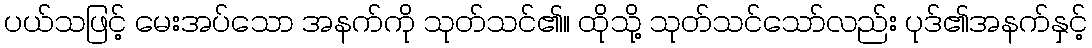
ပယ်သဖြင့် မေးအပ်သော အနက်ကို သုတ်သင်၏။ ထိုသို့ သုတ်သင်သော်လည်း ပုဒ်၏အနက်နှင့်